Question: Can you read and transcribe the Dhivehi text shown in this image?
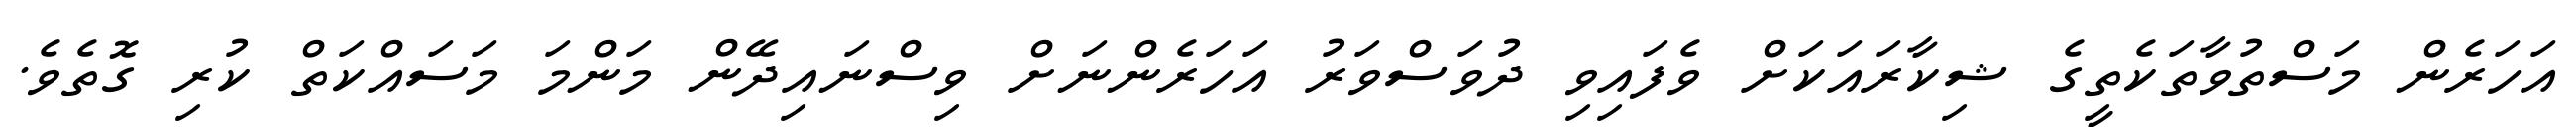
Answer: އަހަރެން މަސްތުވާތަކެތީގެ ޝިކާރައަކަށް ވެފައިވި ދުވަސްވަރު އަހަރެންނަށް ވިސްނައިދޭން މަންމަ މަސައްކަތް ކުރި ގޮތެވެ.